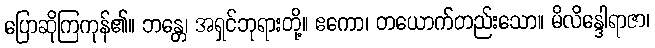
ပြောဆိုကြကုန်၏။ ဘန္တေ၊ အရှင်ဘုရားတို့။ ဧကော၊ တယောက်တည်းသော။ မိလိန္ဒေါရာဇာ၊